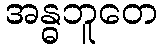
အန္ဓဘူတေ